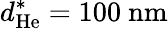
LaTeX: d_{\mathrm{He}}^{\ast}=100~\mathrm{nm}